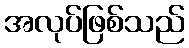
အလုပ်ဖြစ်သည်